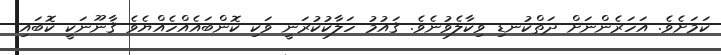
ކަމަށެވެ. އަހަރެންނަށް ދަތްކުނޑި ވިކާލެވުނެވެ. ޤައުމު ހަލާކުކުރަނީ ވަކި ކޮންބައެއްހެއްޔެވެ ޤާނޫނަކީ ކޮބައި